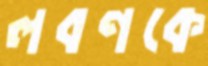
লবণকে